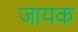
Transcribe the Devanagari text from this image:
जायक